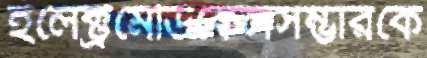
ইলেক্ট্রমেডিকেলসম্ভারকে